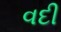
વદી